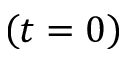
\left( t = 0 \right)